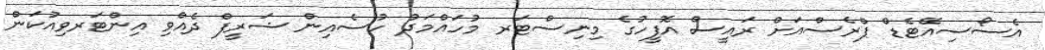
އެސޯސިއޭޓެޑް ޕްރެސްއަށް ރައީސް އޮފީހުގެ މިނިސްޓަރ މުހައްމަދު ހުސެއިން ޝަރީފް ދެއްވި އިންޓަރވިއުކަން